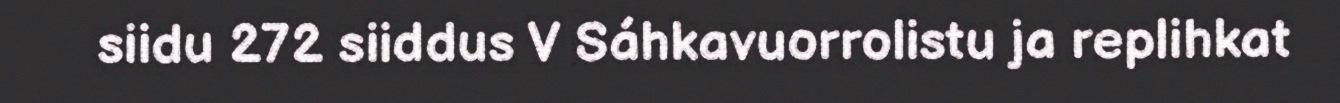
siidu 272 siiddus V Sáhkavuorrolistu ja replihkat